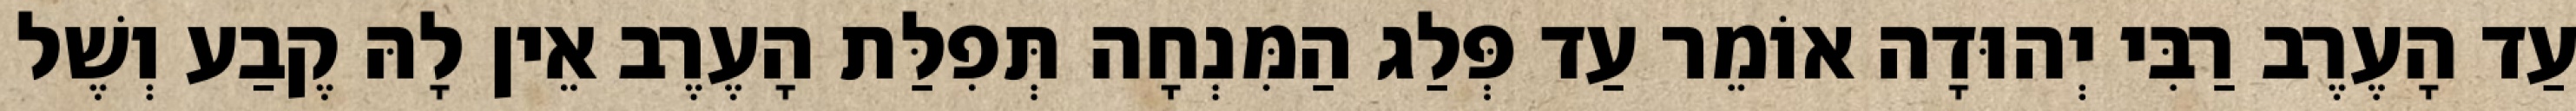
עַד הָעֶרֶב רַבִּי יְהוּדָה אוֹמֵר עַד פְּלַג הַמִּנְחָה תְּפִלַּת הָעֶרֶב אֵין לָהּ קֶבַע וְשֶׁל